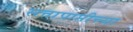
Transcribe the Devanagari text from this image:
सत्ताप्राप्तीच्या